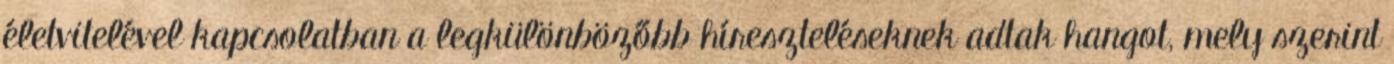
életvitelével kapcsolatban a legkülönbözőbb híreszteléseknek adtak hangot, mely szerint